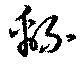
緜